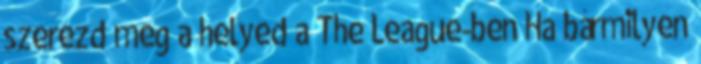
szerezd meg a helyed a The League-ben Ha bármilyen